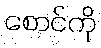
စောင်ကို